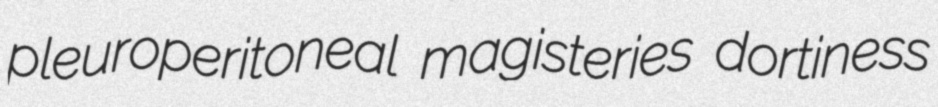
pleuroperitoneal magisteries dortiness